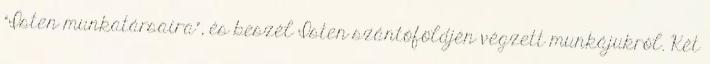
“Isten munkatársaira”, és beszél Isten szántóföldjén végzett munkájukról. Két